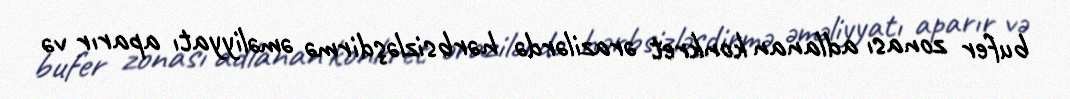
bufer zonası adlanan konkret ərazilərdə hərbsizləşdirmə əməliyyatı aparır və